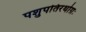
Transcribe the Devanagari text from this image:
पशुपतिरथोग्रः